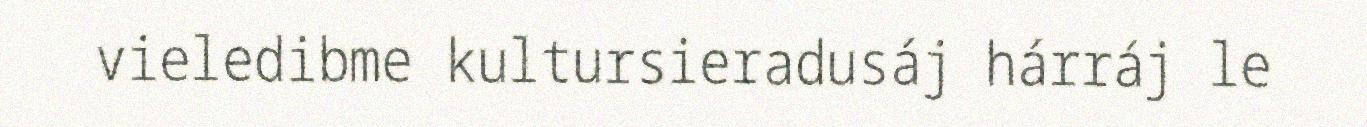
vieledibme kultursieradusáj hárráj le